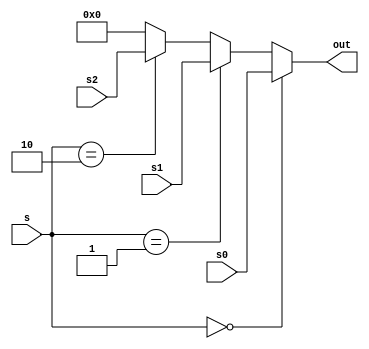
module MUX32in3(input[31:0] s0 , input[31:0] s1 , input[31:0] s2 , input[1:0] s , output[31:0] out);
	assign out = (s == 2'b00) ? s0 : (s == 2'b01) ? s1 : (s == 2'b10) ? s2 : 32'b0; 
endmodule